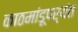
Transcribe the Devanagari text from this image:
काठमांडूपर्यंत